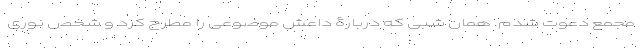
مجمع دعوت شدم. همان شبی که دربارۀ داعش موضوعی را مطرح کرد و شخص نوری